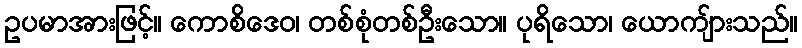
ဥပမာအားဖြင့်။ ကောစိဒေဝ၊ တစ်စုံတစ်ဦးသော။ ပုရိသော၊ ယောကျ်ားသည်။